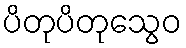
ပိတုပိတုသွေဝ